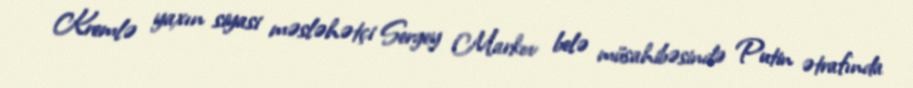
Kremlə yaxın siyasi məsləhətçi Sergey Markov belə müsahibəsində Putin ətrafında